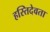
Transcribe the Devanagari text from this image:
हस्तिदेवता